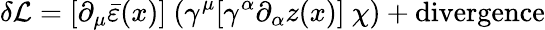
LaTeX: \delta{\cal L}=[\partial_{\mu}\bar{\varepsilon}(x)]~(\gamma^{\mu}[\gamma^{\alpha}\partial_{\alpha}z(x)]~\chi)+\mathrm{divergence}